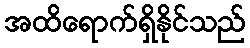
အထိရောက်ရှိနိုင်သည်